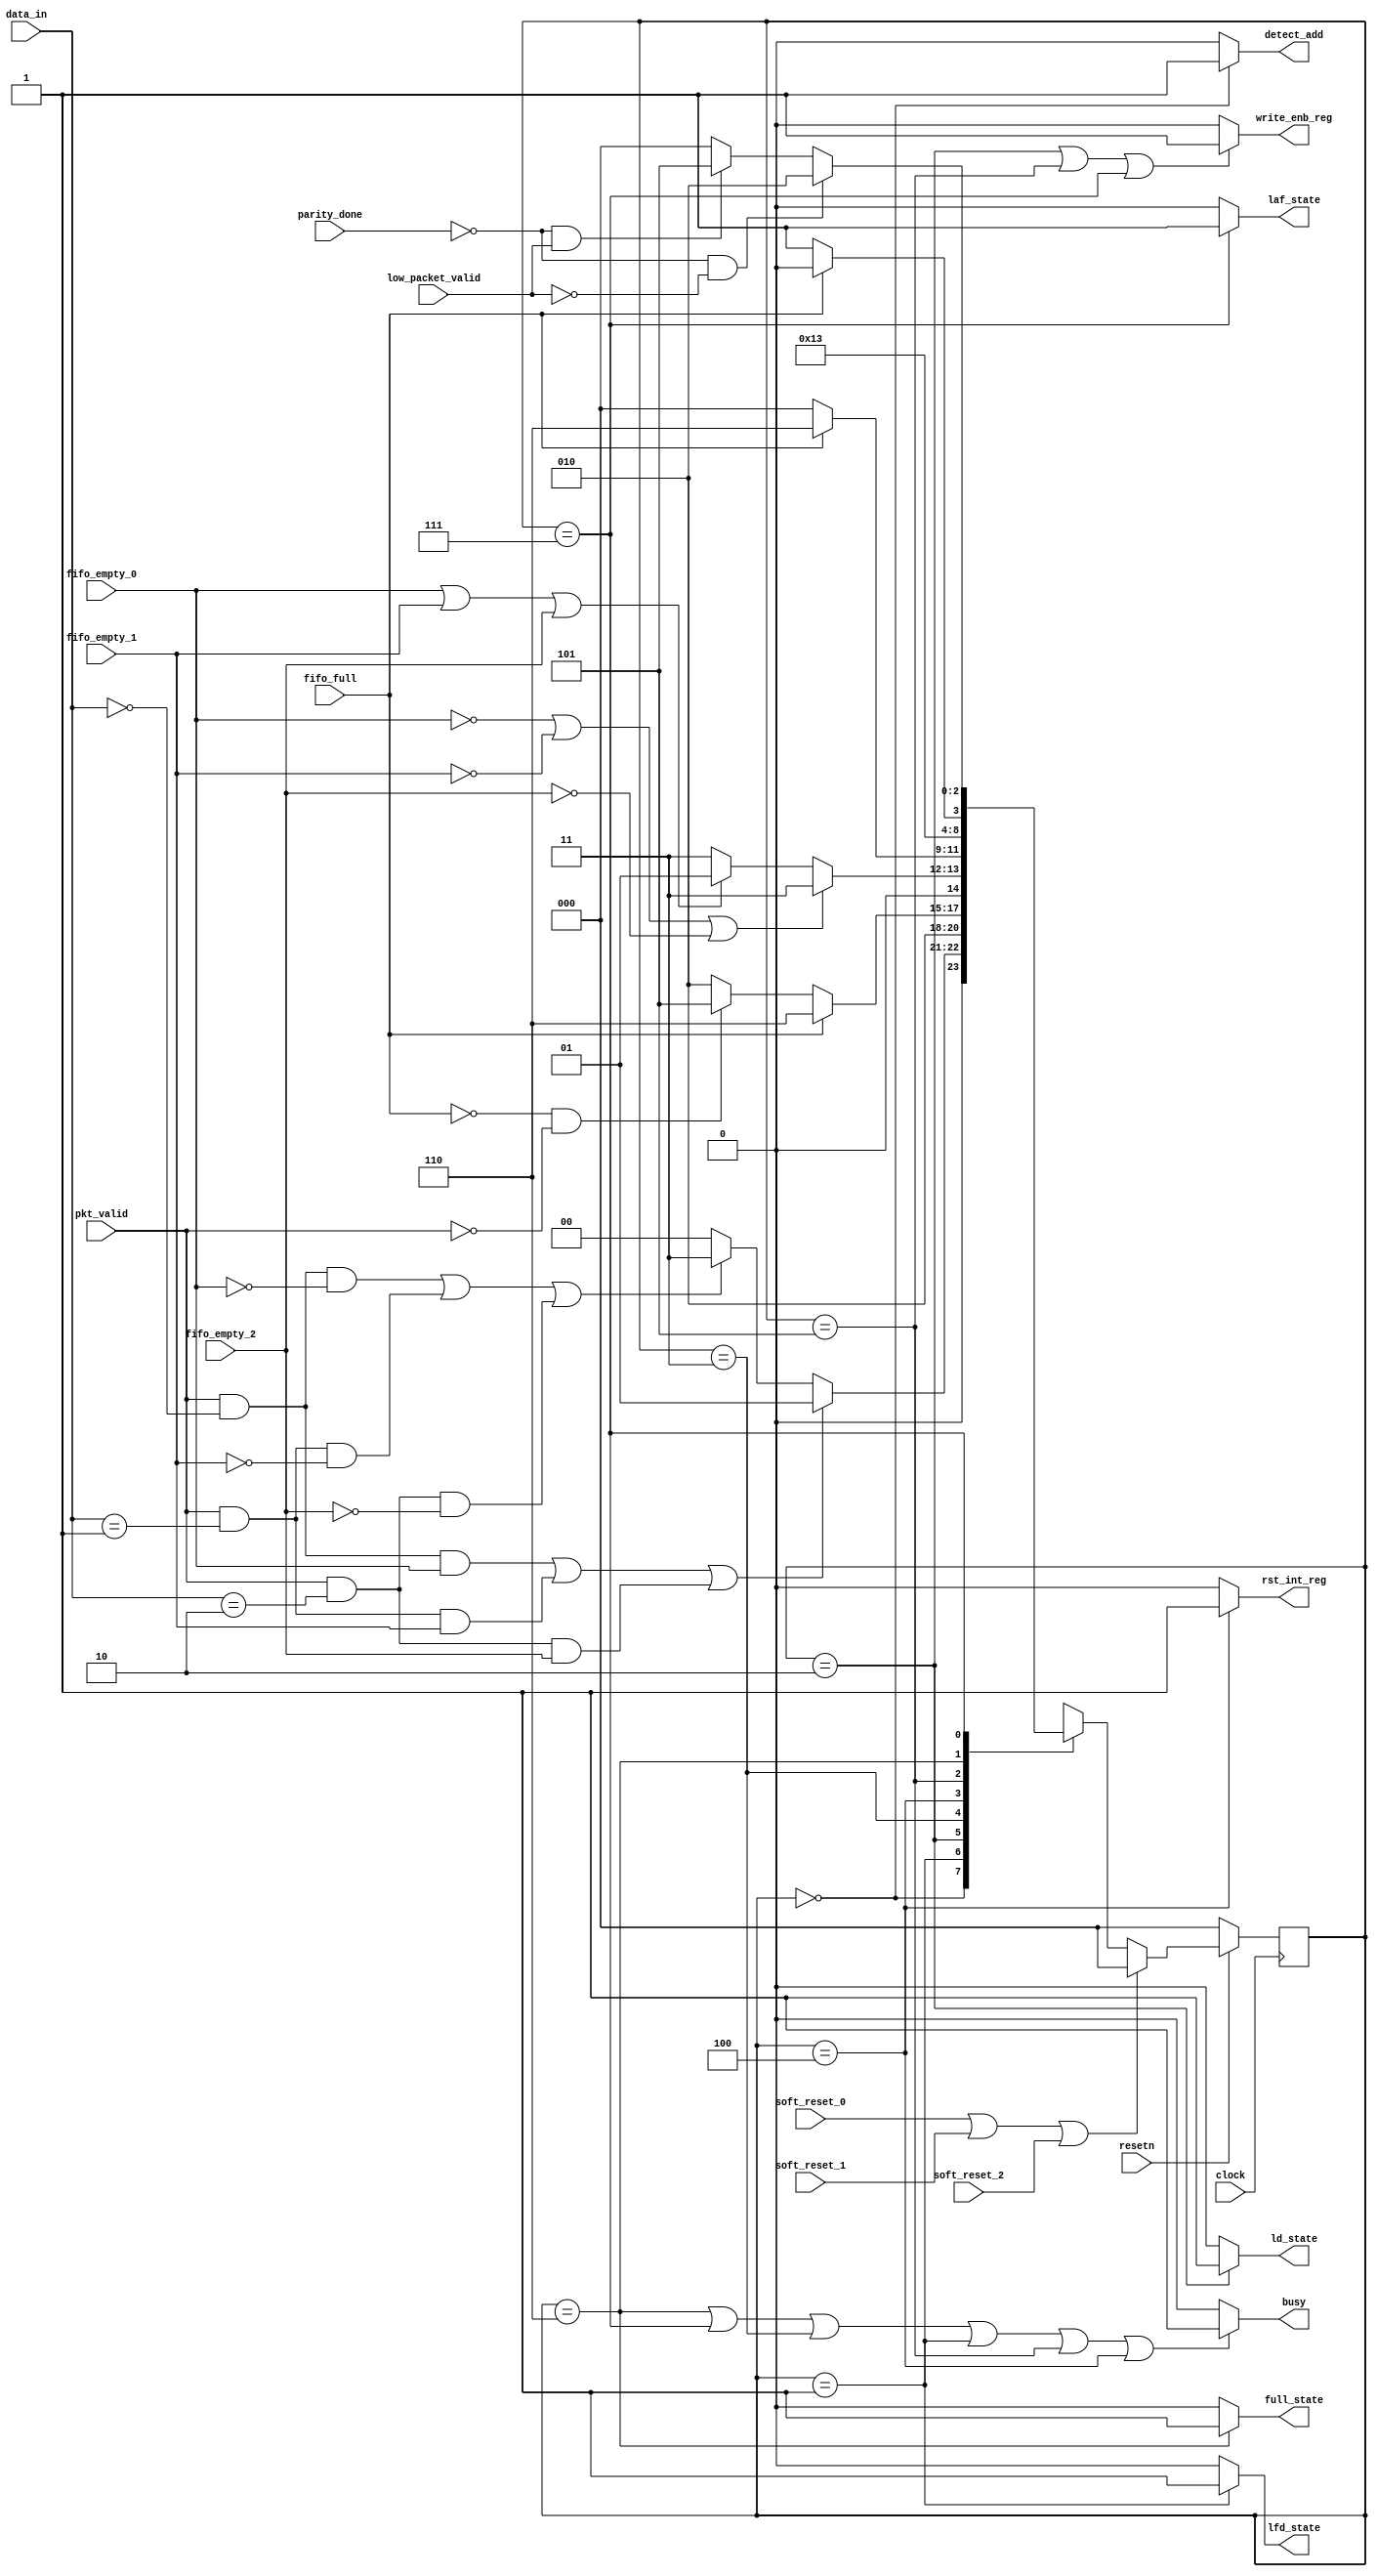
`timescale 1ns / 1ps
module router_fsm(clock,resetn,pkt_valid,data_in,fifo_full,fifo_empty_0,fifo_empty_1,fifo_empty_2,
                  soft_reset_0,soft_reset_1,soft_reset_2,parity_done,low_packet_valid,
                  write_enb_reg,detect_add,ld_state,laf_state,lfd_state,full_state,rst_int_reg,busy);

input clock,resetn,pkt_valid,fifo_full,fifo_empty_0,fifo_empty_1,fifo_empty_2;
input soft_reset_0,soft_reset_1,soft_reset_2,parity_done,low_packet_valid;
input [1:0] data_in;
output write_enb_reg,detect_add,ld_state,laf_state,lfd_state,full_state,rst_int_reg,busy;
  
  
parameter DECODE_ADDRESS     = 3'b000,
          LOAD_FIRST_DATA 	 = 3'b001,
          LOAD_DATA 		 = 3'b010,
          WAIT_TILL_EMPTY 	 = 3'b011,
          CHECK_PARITY_ERROR = 3'b100,
          LOAD_PARITY 		 = 3'b101,
          FIFO_FULL_STATE 	 = 3'b110,
          LOAD_AFTER_FULL 	 = 3'b111;
  
  reg [2:0] PS,NS;
          
  always@(posedge clock)
    begin
      if(!resetn)
        PS <= DECODE_ADDRESS;
      else if(soft_reset_0 || soft_reset_1 || soft_reset_2)
        PS <= DECODE_ADDRESS;
      else 
        PS <= NS;
    end
  
  
  always@(*)
    begin
      NS = DECODE_ADDRESS;
      case(PS)
        
        DECODE_ADDRESS : 
                  begin
                    if((pkt_valid && (data_in[1:0]==0) && fifo_empty_0)||
                       (pkt_valid && (data_in[1:0]==1) && fifo_empty_1)||
                       (pkt_valid && (data_in[1:0]==2) && fifo_empty_2))
                      
                      NS = LOAD_FIRST_DATA;
                    
                    else if((pkt_valid && (data_in[1:0]==0) && (~fifo_empty_0))||
                            (pkt_valid && (data_in[1:0]==1) && (~fifo_empty_1))||
                            (pkt_valid && (data_in[1:0]==2) && (~fifo_empty_2)))
                      
                      NS = WAIT_TILL_EMPTY;
                    
                    else
                      NS = DECODE_ADDRESS;
                  end
        
        LOAD_FIRST_DATA :  NS = LOAD_DATA;
        
        LOAD_DATA       : 
                        begin
			      			if(fifo_full)
				 				NS=FIFO_FULL_STATE;
                          else if(!fifo_full && !pkt_valid)
				 				NS=LOAD_PARITY;
			      			else
				 				NS=LOAD_DATA;
			   			end 
        
        WAIT_TILL_EMPTY  : 
                        begin
                          if((!fifo_empty_0) || (!fifo_empty_1) || (!fifo_empty_2))
				 			NS=WAIT_TILL_EMPTY;
			      		  else if(fifo_empty_0||fifo_empty_1||fifo_empty_2)
				 			NS=LOAD_FIRST_DATA;
			      		  else
				 			NS=WAIT_TILL_EMPTY;
                         end
        
        CHECK_PARITY_ERROR:
          				begin
			    			if(fifo_full)
			      	 			NS=FIFO_FULL_STATE;
			    			else
			         			NS=DECODE_ADDRESS;

			   			 end

       LOAD_PARITY     	  :	NS=CHECK_PARITY_ERROR;
			 

       FIFO_FULL_STATE	  :	   
          				begin
                        	if(!fifo_full)
			         			NS=LOAD_AFTER_FULL;
			      			else if(fifo_full)
			         			NS=FIFO_FULL_STATE;
			  		 		end
        
        LOAD_AFTER_FULL:	   
          				begin
          					if((!parity_done) && (!low_packet_valid))
			   					NS=LOAD_DATA;
          					else if((!parity_done) && (low_packet_valid))
			   					NS=LOAD_PARITY;
          					else if(parity_done)
			   					NS=DECODE_ADDRESS;
			   			 end
        
      endcase
   end
  
  assign detect_add = ((PS==DECODE_ADDRESS)?1:0); 
  assign write_enb_reg=((PS==LOAD_DATA||PS==LOAD_PARITY||PS==LOAD_AFTER_FULL)?1:0);
  assign full_state=((PS==FIFO_FULL_STATE)?1:0);
  assign lfd_state=((PS==LOAD_FIRST_DATA)?1:0);
  assign busy=((PS==FIFO_FULL_STATE||PS==LOAD_AFTER_FULL||PS==WAIT_TILL_EMPTY||
       PS==LOAD_FIRST_DATA||PS==LOAD_PARITY||PS==CHECK_PARITY_ERROR)?1:0);
  //assign busy=((PS==LOAD_DATA || PS==DECODE_ADDRESS)?0:1);
  assign ld_state=((PS==LOAD_DATA)?1:0);
  assign laf_state=((PS==LOAD_AFTER_FULL)?1:0);
  assign rst_int_reg=((PS==CHECK_PARITY_ERROR)?1:0);
  

endmodule